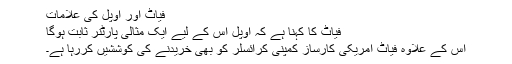
فیاٹ اور اوپل کی علامات
فیاٹ کا کہنا ہے کہ اوپل اس کے لیے ایک مثالی پارٹنر ثابت ہوگا
اس کے علاوہ فیاٹ امریکی کارساز کمپنی کرائسلر کو بھی خریدنے کی کوششیں کررہا ہے۔